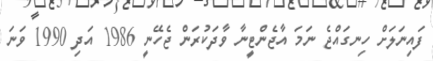
ފައިނަލަށް ހިނގައްޖެ ނަމަ އާޖެންޓީނާ ވާދަކުރަން ޖެހޭނީ 1986 އަދި 1990 ވަނަ